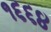
૧૬૬૪